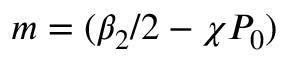
m = ( { \beta _ { 2 } } / { 2 } - \chi P _ { 0 } )